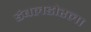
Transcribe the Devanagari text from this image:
डंबलडोरला